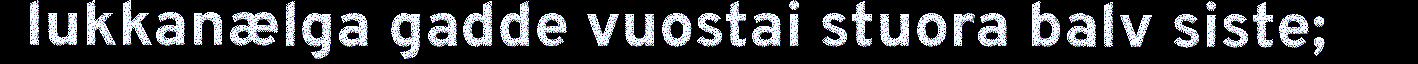
lukkanælga gadde vuostai stuora balv siste;